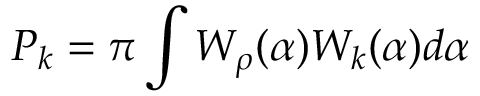
P _ { k } = \pi \int W _ { \rho } ( \alpha ) W _ { k } ( \alpha ) d \alpha